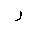
Letter: _ra